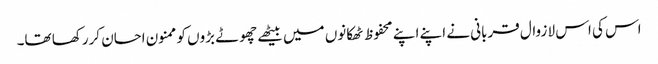
اس کی اس لا زوال قربانی نے اپنے اپنے محفوظ ٹھکانوں میں بیٹھے چھوٹے بڑوں کو ممنون احسان کررکھا تھا۔